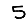
Digit: 5